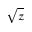
\sqrt { z }